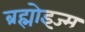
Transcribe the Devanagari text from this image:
ब्रह्मोइज्म